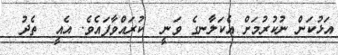
އަޅުކަން ނުކުރުމަށް އެކަލާނގެ ވަނީ  ކުރައްވާފައެވެ. އެއީ  ތެދު